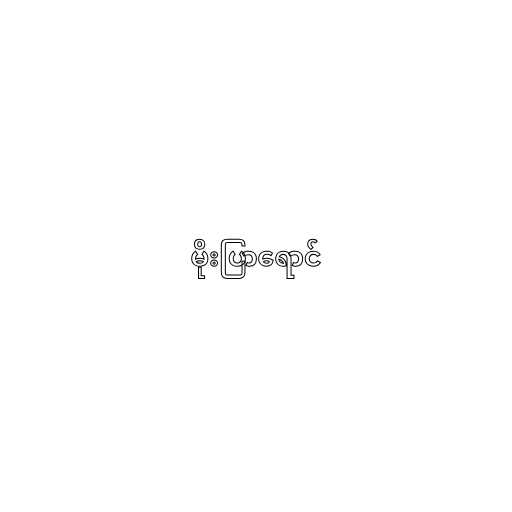
မိုးပြာရောင်